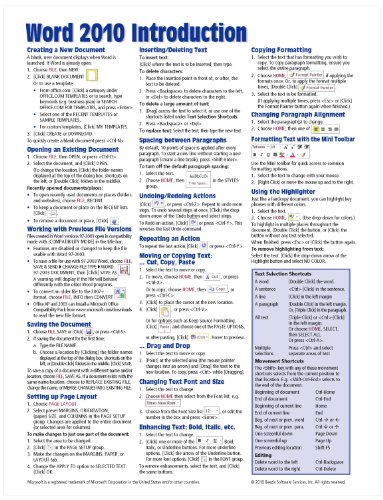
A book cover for Microsoft Word 2010 Introduction Quick Reference Guide (Cheat Sheet of Instructions, Tips & Shortcuts - Laminated Card); Beezix Inc.; Computers & Technology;